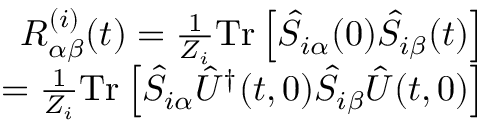
\begin{array} { r } { R _ { \alpha \beta } ^ { ( i ) } ( t ) = \frac { 1 } { Z _ { i } } \mathrm { T r } \left[ \hat { S } _ { i \alpha } ( 0 ) \hat { S } _ { i \beta } ( t ) \right] } \\ { = \frac { 1 } { Z _ { i } } \mathrm { T r } \left[ \hat { S } _ { i \alpha } \hat { U } ^ { \dagger } ( t , 0 ) \hat { S } _ { i \beta } \hat { U } ( t , 0 ) \right] } \end{array}